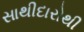
સાથીદારોથી